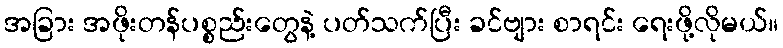
အခြား အဖိုးတန်ပစ္စည်းတွေနဲ့ ပတ်သက်ပြီး ခင်ဗျား စာရင်း ရေးဖို့လိုမယ်။